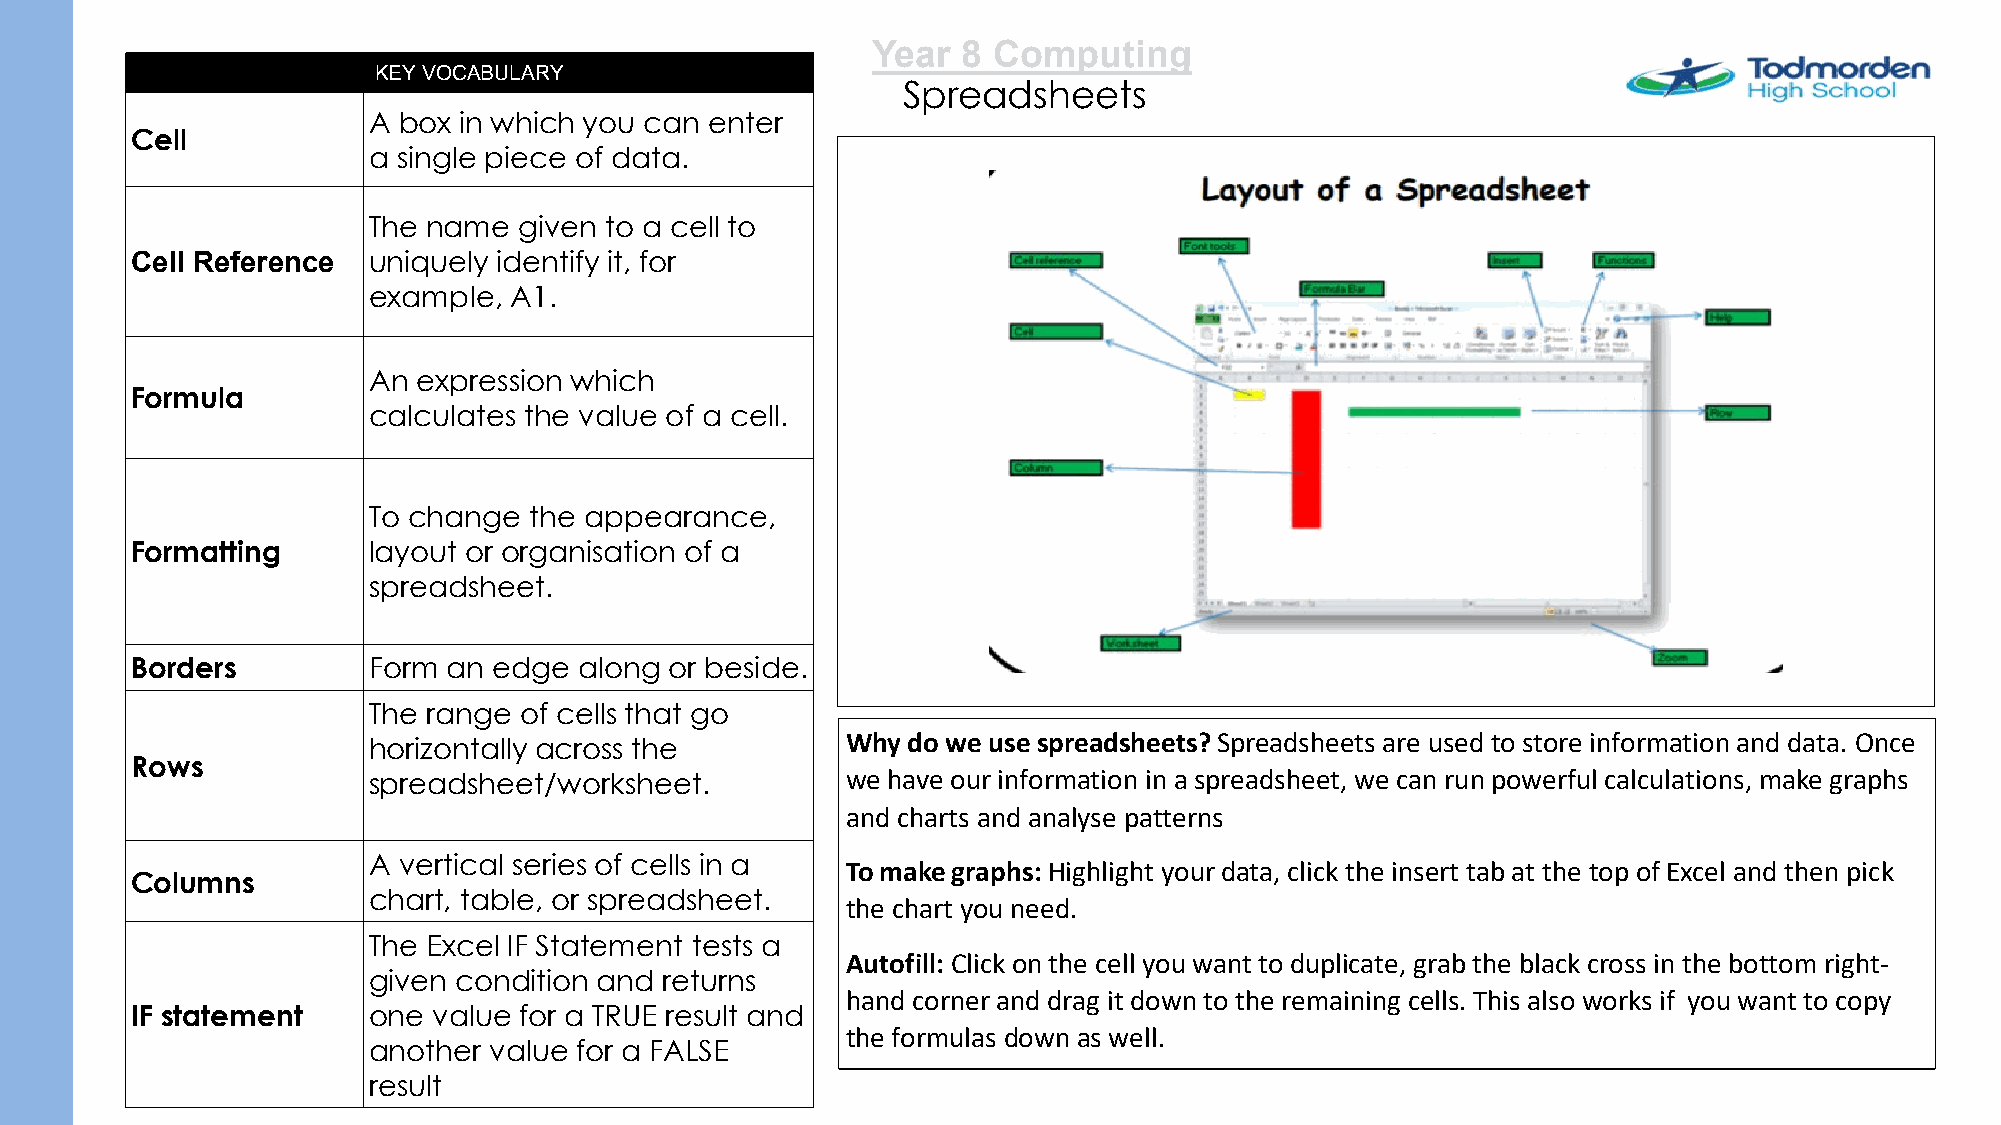
Year  8 Computing
 KEY VOCABULARY
 Spreadsheets
 A box in which you can enter
 Cell
 a single piece of data.
 The name  given to a cell to
 Cell Reference uniquely identify it, for
 example,  A1.
 An  expression which
 Formula
 calculates the value of a cell.
 To change  the appearance,
 Formatting     layout or organisation of a
 spreadsheet.
 Borders        Form  an edge along or beside.
 The range of cells that go
 horizontally across the         Why do we use spreadsheets? Spreadsheets are used to store information and data. Once
 Rows
 spreadsheet/worksheet.          we have our information in a spreadsheet, we can run powerful calculations, make graphs
 and charts and analyse patterns
 A vertical series of cells in a To make graphs:Highlight your data, click the insert tab at the top of Excel and then pick
 Columns
 chart, table, or spreadsheet.
 the chart you need.
 The Excel IF Statement tests a
 Autofill: Click on the cell you want to duplicate, grab the black cross in the bottom right-
 given condition and returns
 hand corner and drag it down to the remaining cells. This also works if you want to copy
 IF statement   one  value for a TRUE result and
 the formulas down as well.
 another value for a FALSE
 result